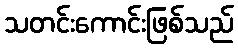
သတင်းကောင်းဖြစ်သည်